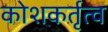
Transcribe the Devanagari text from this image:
कोशकर्तृत्व